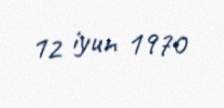
12 iyun 1970